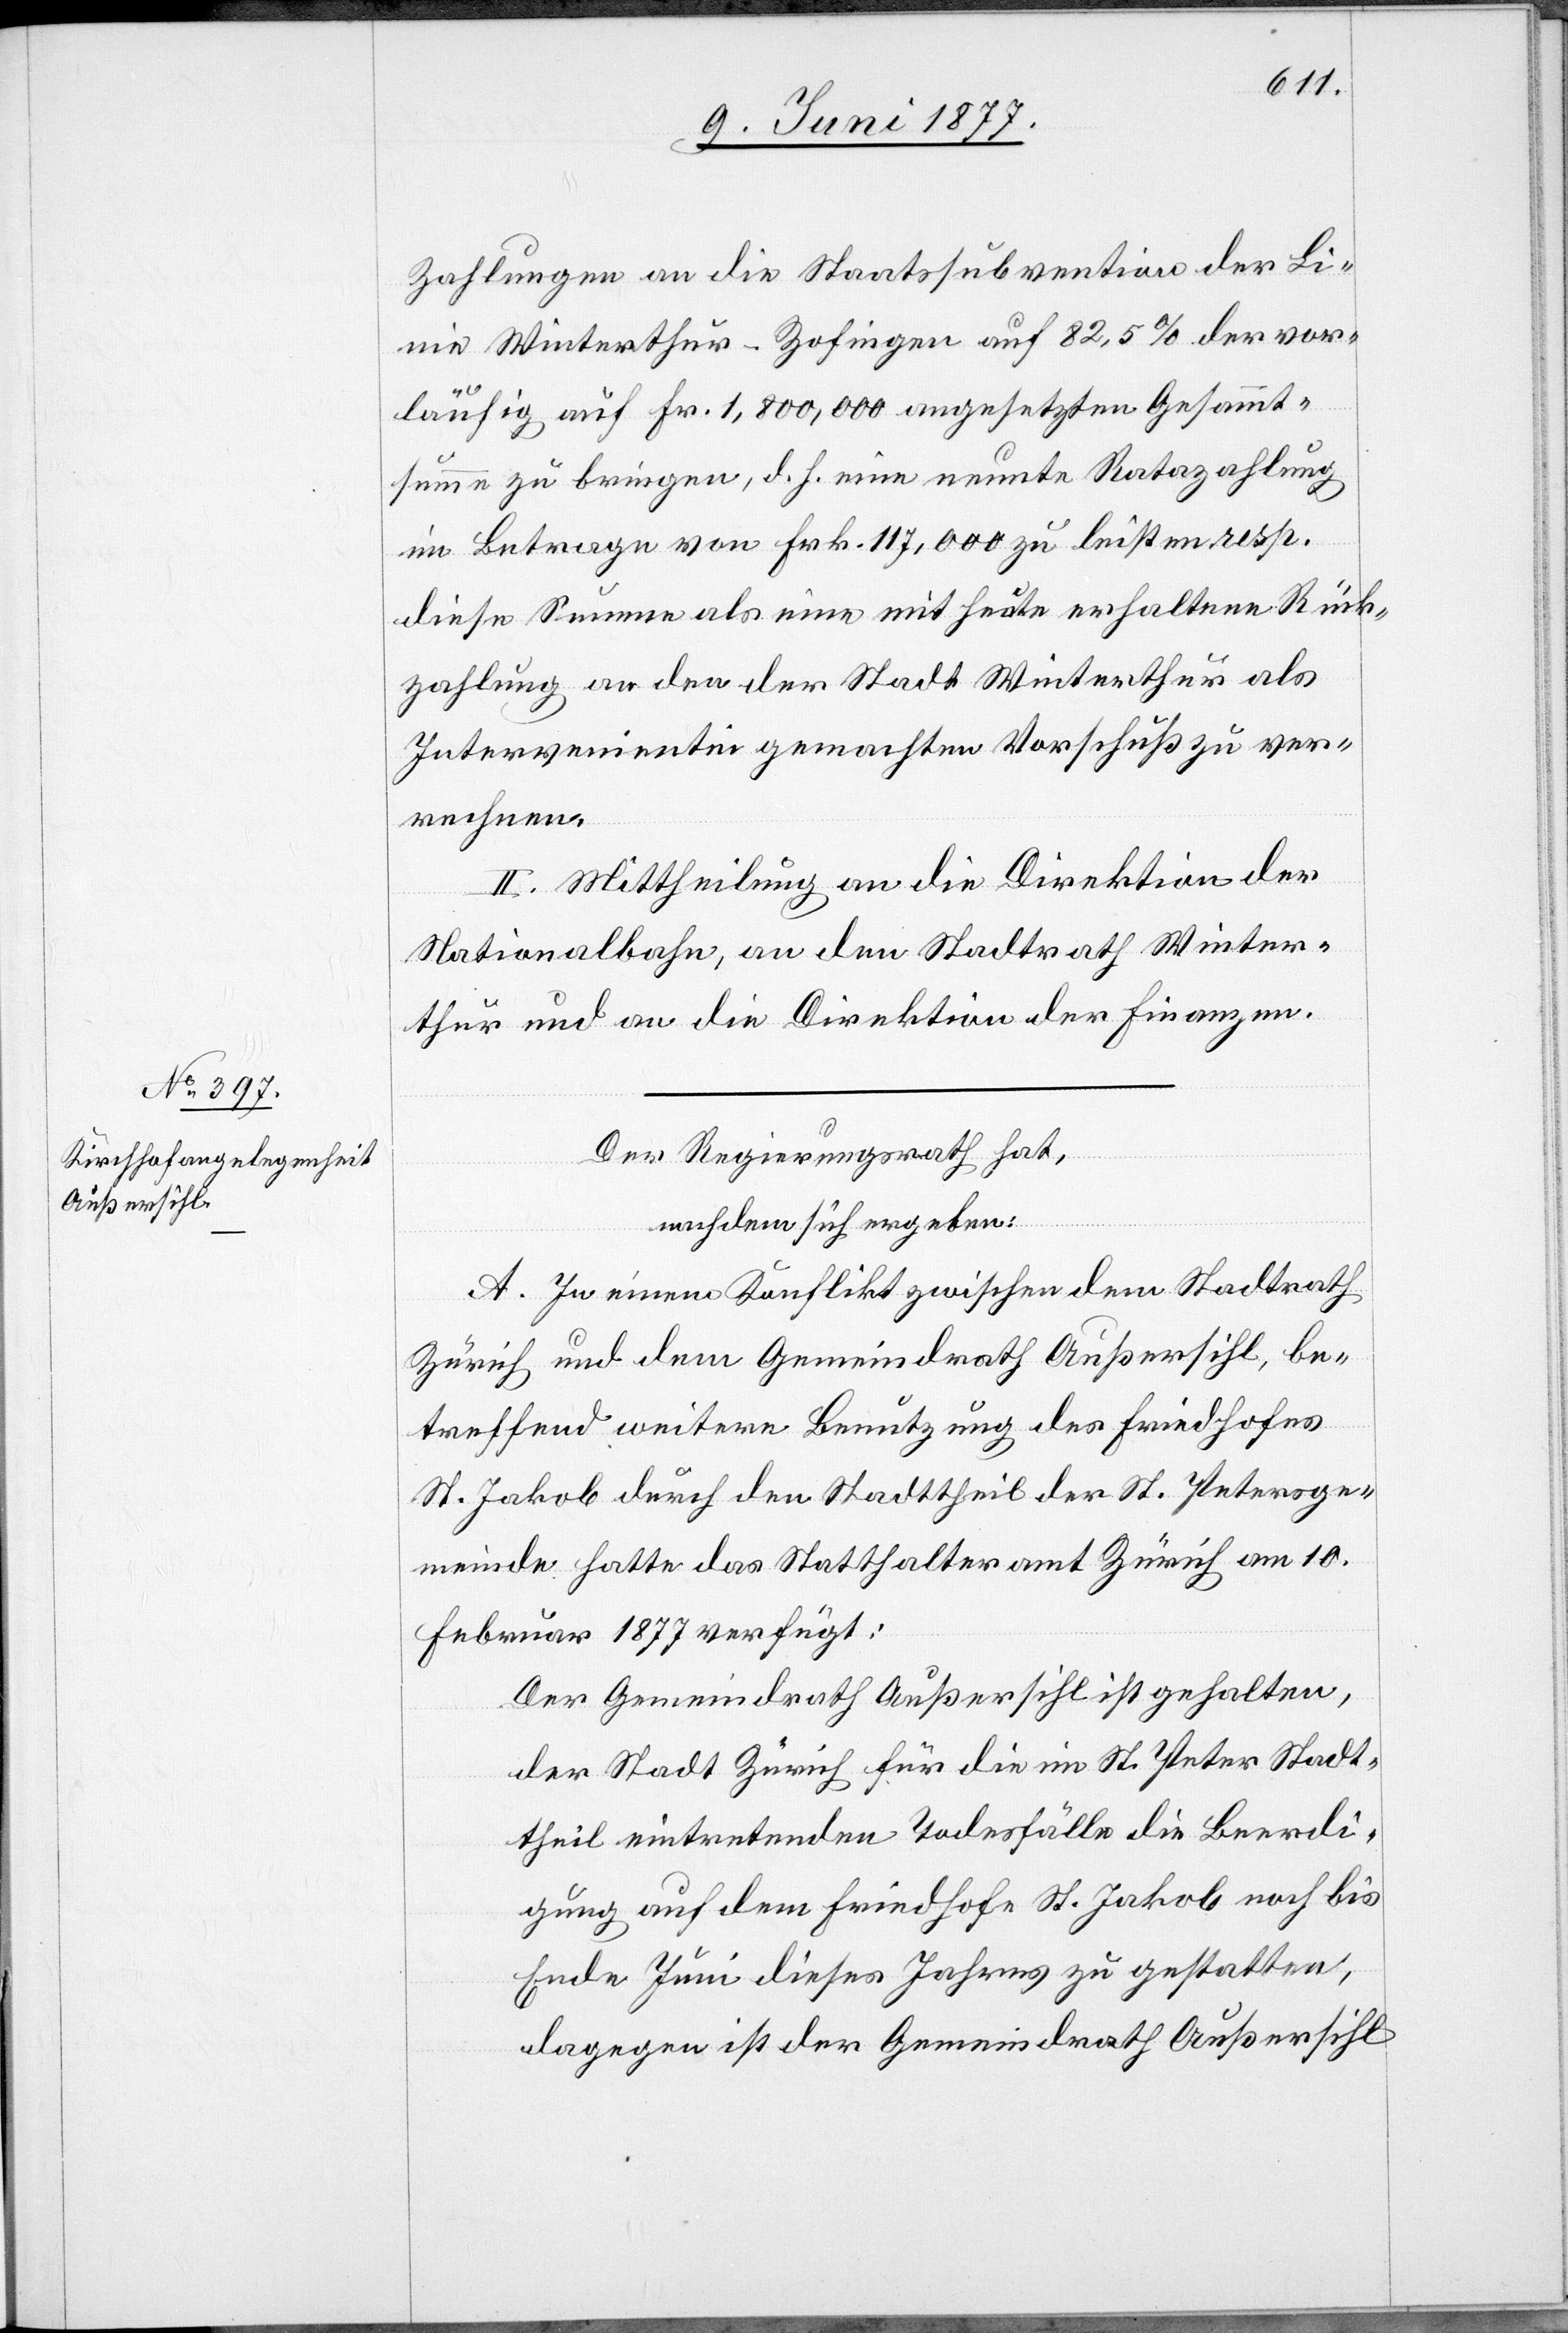
Zahlungen an die Staatssubvention der Li¬
nie Winterthur–Zofingen auf 82,5% der vor¬
läufig auf Fr. 1,800,000 angesetzten Gesammt¬
summe zu bringen, d. h. eine neunte Ratazahlung
im Betrage von Frk. 117,000 zu leisten resp.
diese Summe als eine mit heute erhaltene Rück¬
zahlung an den der Stadt Winterthur als
Intervenientin gemachten Vorschuß zu ver¬
rechnen.
II. Mittheilung an die Direktion der
Nationalbahn, an den Stadtrath Winter¬
thur und an die Direktion der Finanzen.
Der Regierungsrath hat,
nachdem sich ergeben:
A. In einem Konflikt zwischen dem Stadtrath
Zürich und dem Gemeindrath Außersihl, be¬
treffend weitere Benutzung des Friedhofes
St. Jakob durch den Stadttheil der St. Petersge¬
meinde hatte das Statthalteramt Zürich am 10.
Februar 1877 verfügt:
Der Gemeindrath Außersihl ist gehalten,
der Stadt Zürich für die im St. Peter Stadt¬
theil eintretenden Todesfälle die Beerdi¬
gung auf dem Friedhof St. Jakob noch bis
Ende Juni dieses Jahres zu gestatten,
dagegen ist der Gemeindrath Außersihl